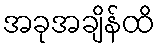
အခုအချိန်ထိ